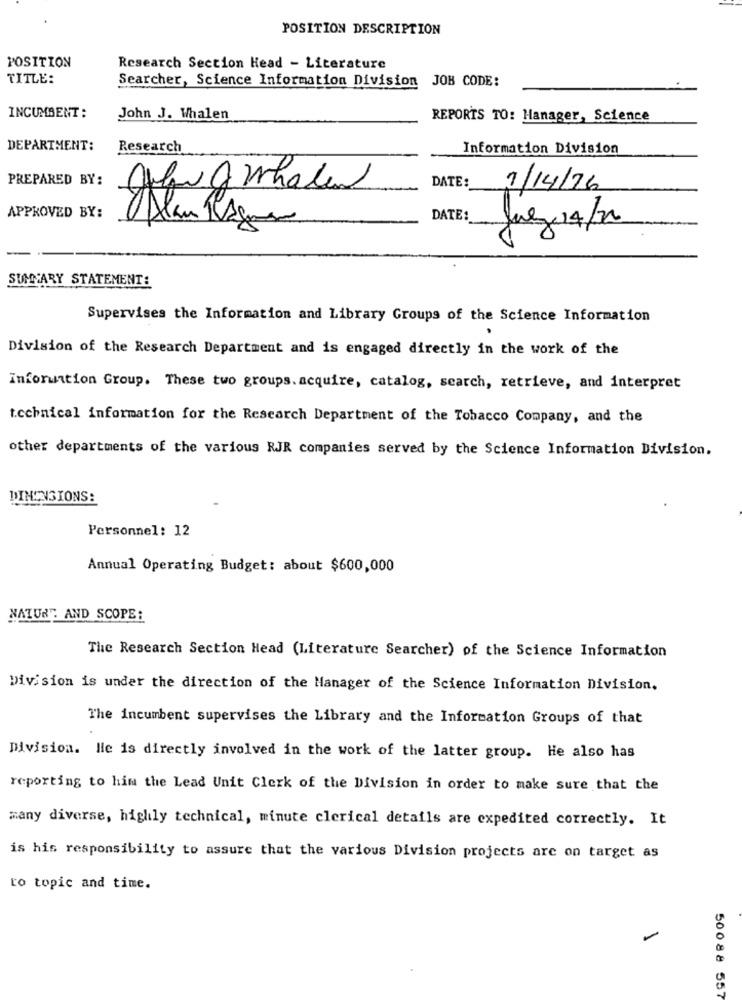
POSITION DESCRIPTION
POSITION
Research Section Head - Literature
TITLE:
Searcher, Science Information Division JOH CODE:
INCUMBENT:
John J. Whalen
REPORTS TO: Manager, Science
DEPARTMENT:
Research
Information Division
PREPARED BY:
DATE:
1/14/76
APPROVED BY:
DATE:
Juez 4/20
SUMMARY STATEMENT:
Supervises the Information and Library Groups of the Science Information
Division of the Research Department and is engaged directly in the work of the
Information Group. These two groups. acquire, catalog, search, retrieve, and interpret
technical information for the Research Department of the Tobacco Company, and the
other departments of the various RJR companies served by the Science Information Division.
DIMENSIONS:
Personnel: 12
Annual Operating Budget: about $600,000
NATUR AND SCOPE:
The Research Section Head (Literature Searcher) of the Science Information
Division is under the direction of the Manager of the Science Information Division.
The incumbent supervises the Library and the Information Groups of that
Division. He is directly involved in the work of the latter group. He also has
reporting to him the Lead Unit Clerk of the Division in order to make sure that the
many diverse, highly technical, minute clerical details are expedited correctly. It
is his responsibility to assure that the various Division projects are on target as
to topic and time.
50088 557